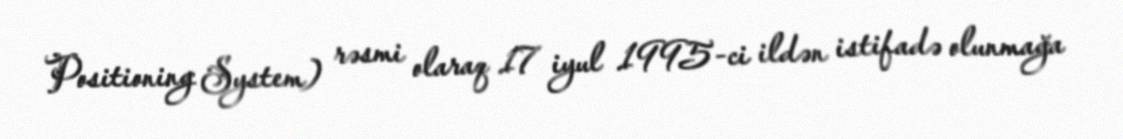
Positioning System) rəsmi olaraq 17 iyul 1995-ci ildən istifadə olunmağa